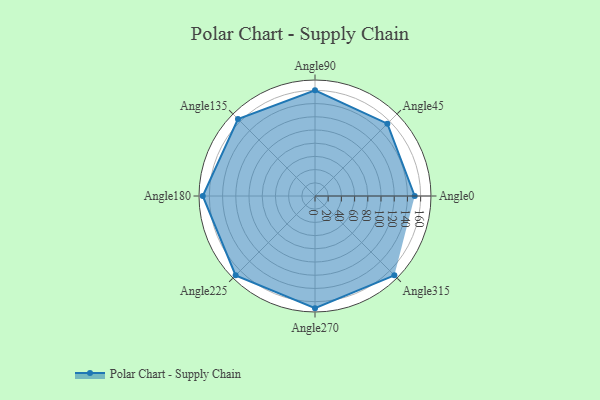
{"axis": {"x": "Angle", "y": "Radius"}, "legend": [""], "data": [{"x": "Angle0", "y": 151.0, "type": ""}, {"x": "Angle45", "y": 155.0, "type": ""}, {"x": "Angle90", "y": 160.0, "type": ""}, {"x": "Angle135", "y": 165.0, "type": ""}, {"x": "Angle180", "y": 170, "type": ""}, {"x": "Angle225", "y": 170, "type": ""}, {"x": "Angle270", "y": 170, "type": ""}, {"x": "Angle315", "y": 170, "type": ""}]}